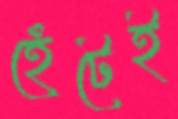
হেঁটেই